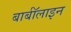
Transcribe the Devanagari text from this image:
बार्बॉलाइन